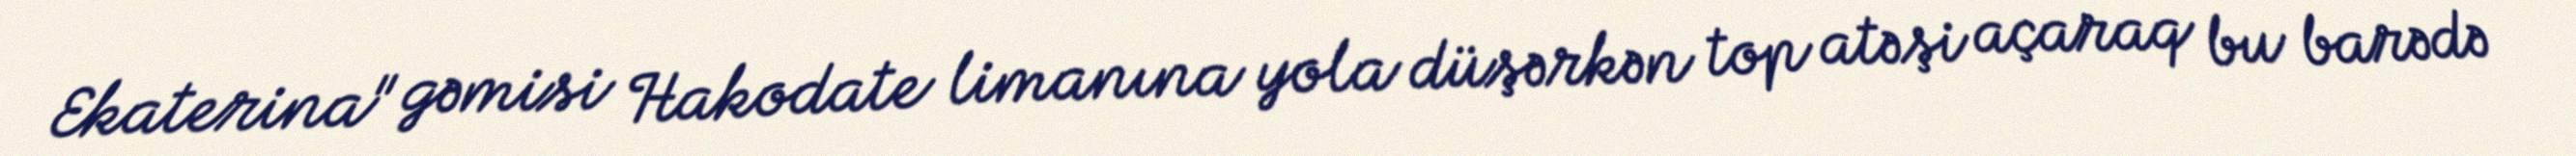
Ekaterina" gəmisi Hakodate limanına yola düşərkən top atəşi açaraq bu barədə